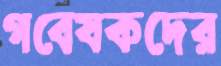
গবেষকদের